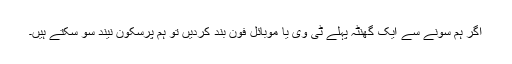
اگر ہم سونے سے ایک گھنٹہ پہلے ٹی وی یا موبائل فون بند کردیں تو ہم پرسکون نیند سو سکتے ہیں۔